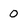
Character: 0